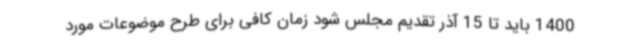
1400 باید تا 15 آذر تقدیم مجلس شود زمان کافی برای طرح موضوعات مورد